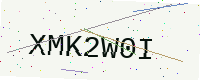
Text: XMK2W0I